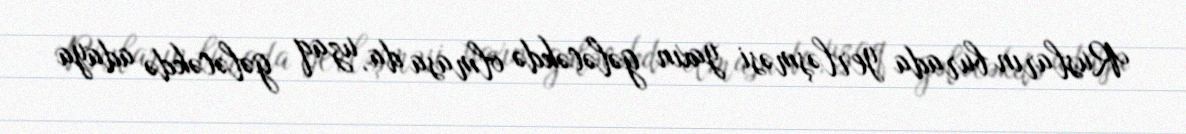
Rusların burada yerləşməsi yaxın gələcəkdə olmasa da, uzaq gələcəkdə adaya